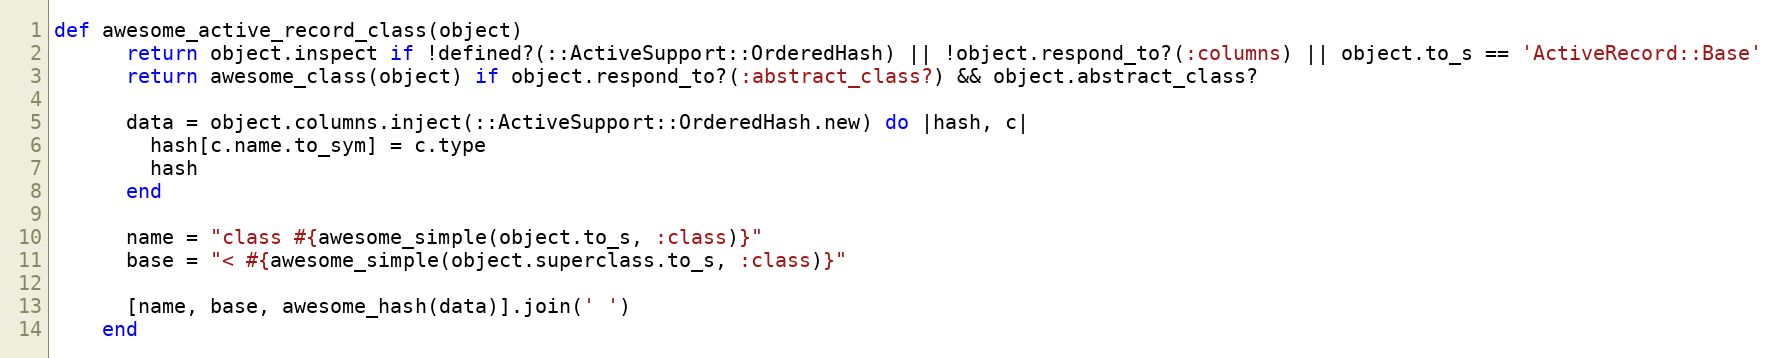
Language: Ruby
def awesome_active_record_class(object)
      return object.inspect if !defined?(::ActiveSupport::OrderedHash) || !object.respond_to?(:columns) || object.to_s == 'ActiveRecord::Base'
      return awesome_class(object) if object.respond_to?(:abstract_class?) && object.abstract_class?

      data = object.columns.inject(::ActiveSupport::OrderedHash.new) do |hash, c|
        hash[c.name.to_sym] = c.type
        hash
      end

      name = "class #{awesome_simple(object.to_s, :class)}"
      base = "< #{awesome_simple(object.superclass.to_s, :class)}"

      [name, base, awesome_hash(data)].join(' ')
    end